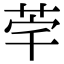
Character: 𮎸